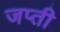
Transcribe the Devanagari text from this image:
जप्‍ती